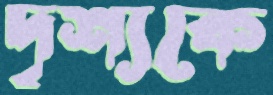
দৃশ্যকে